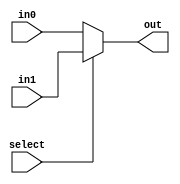
// mux from lab 1
module mux_2(out, select, in0, in1);
    input select;
    input [31:0] in0, in1;
    output [31:0] out;
    assign out = select ? in1 : in0;
endmodule